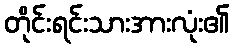
တိုင်းရင်းသားအားလုံး၏